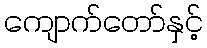
ကျောက်တော်နှင့်